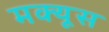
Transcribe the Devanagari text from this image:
मक्यूस